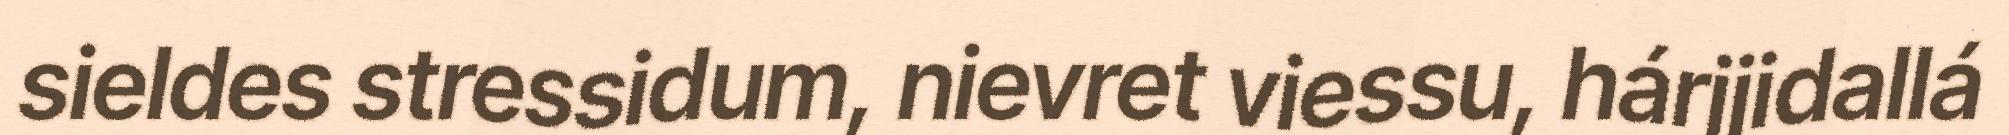
sieldes stressidum, nievret viessu, hárjjidallá